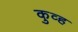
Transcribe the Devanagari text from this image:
कुव्ह